Document type: Sale
Year: 1461
Scribe: [Unknown]
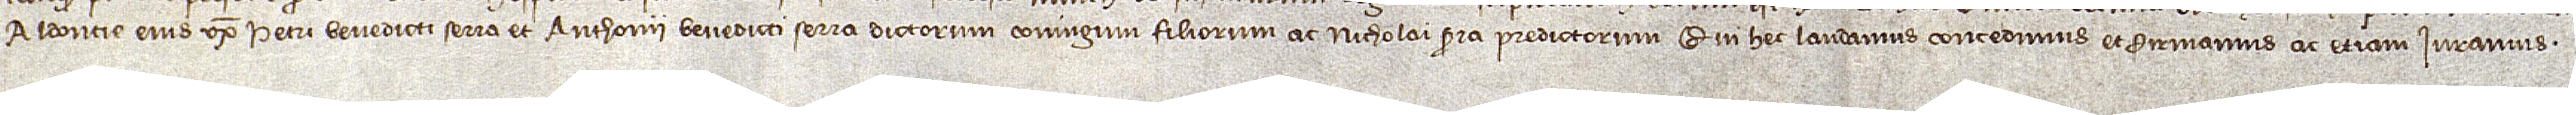
Aldoncie, eius uxoris, Petri Benedicti Serra et Anthonii Benedicti Serra, dictorum coniugium filiorum, ac Nicholai Serra, predictorum, qui hec laudamus, concedimus et firmamus ac etiam iuramus.